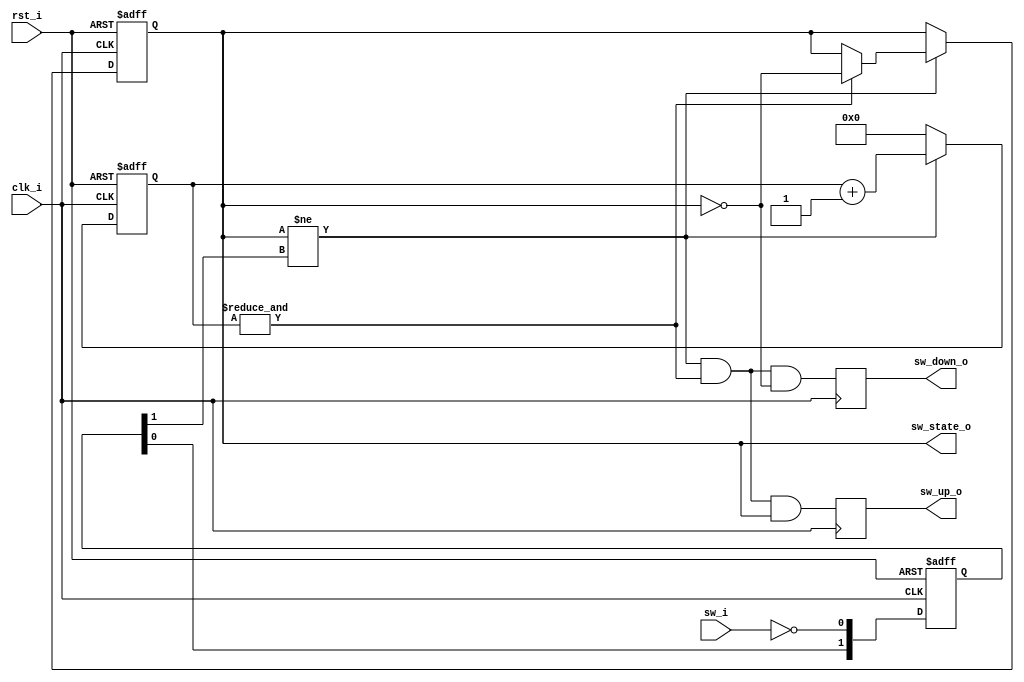
module button_debouncer
//! 
#(
    parameter		CNT_WIDTH = 16
)
//! 
(
    input clk_i,
	input rst_i,
    input sw_i,  
 
    output reg sw_state_o,  
    output reg sw_down_o,  
    output reg sw_up_o   
);
 
//!      .
reg	 [1:0] sw_r;
always @ (posedge rst_i or posedge clk_i)
if (rst_i)
		sw_r   	<= 2'b00;
else
		sw_r    <= {sw_r[0], ~sw_i};
 
reg [CNT_WIDTH-1:0] sw_count;
 
 
wire sw_change_f = (sw_state_o != sw_r[1]);
//wire sw_cnt_max = (sw_count == {CNT_WIDTH{1'b1}}) ;	
wire sw_cnt_max = &sw_count;	
 
always @(posedge rst_i or posedge clk_i)
if (rst_i)
begin
	sw_count <= 0;
	sw_state_o <= 0;
end 
else if(sw_change_f)	
   	begin
		sw_count <= sw_count + 'd1;  
		if(sw_cnt_max) sw_state_o <= ~sw_state_o;  
	end
	else  sw_count <= 0;  
 
always @(posedge clk_i)
begin
	sw_down_o <= sw_change_f & sw_cnt_max & ~sw_state_o;
	sw_up_o <= sw_change_f & sw_cnt_max &  sw_state_o;
end
 
endmodule